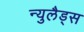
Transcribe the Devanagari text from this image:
न्युलैड्स